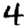
Digit: 4